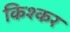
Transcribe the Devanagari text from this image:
किश्कर